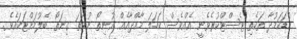
ކުޑަކަމުދާ ތަކެތި ޓެސްޓްކުރެވެނީ އެއްވެސް ކަހަލަ މާއްދާއެއް އުނިތޯ ނުވަތަ ގިނަތޯ ބެލުމަށްޓަކައެވެ.